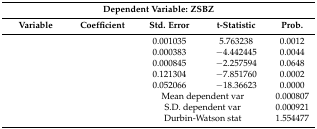
<table><thead><tr><td colspan="5"><b>Dependent Variable: ZSBZ</b></td></tr><tr><td><b>Variable</b></td><td><b>Coefficient</b></td><td><b>Std. Error</b></td><td><b>t-Statistic</b></td><td><b>Prob.</b></td></tr></thead><tbody><tr><td>[EMPTY_CELL]</td><td>[EMPTY_CELL]</td><td>0.001035</td><td>5.763238</td><td>0.0012</td></tr><tr><td>[EMPTY_CELL]</td><td>[EMPTY_CELL]</td><td>0.000383</td><td>−4.442445</td><td>0.0044</td></tr><tr><td>[EMPTY_CELL]</td><td>[EMPTY_CELL]</td><td>0.000845</td><td>−2.257594</td><td>0.0648</td></tr><tr><td>[EMPTY_CELL]</td><td>[EMPTY_CELL]</td><td>0.121304</td><td>−7.851760</td><td>0.0002</td></tr><tr><td>[EMPTY_CELL]</td><td>[EMPTY_CELL]</td><td>0.052066</td><td>−18.36623</td><td>0.0000</td></tr><tr><td>[EMPTY_CELL]</td><td>[EMPTY_CELL]</td><td colspan="2">Mean dependent var</td><td>0.000807</td></tr><tr><td>[EMPTY_CELL]</td><td>[EMPTY_CELL]</td><td colspan="2">S.D. dependent var</td><td>0.000921</td></tr><tr><td>[EMPTY_CELL]</td><td>[EMPTY_CELL]</td><td colspan="2">Durbin-Watson stat</td><td>1.554477</td></tr></tbody></table>